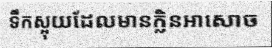
ទឹកស្អុយដែលមានក្លិនអាសោច